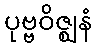
ပုဗ္ဗဝိဇ္ဈနံ